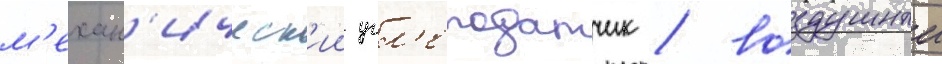
м'ехан'ическ'ии угл'еподатчик / воздушныи